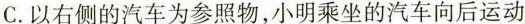
C.以右侧的汽车为参照物，小明乘坐的汽车向后运动